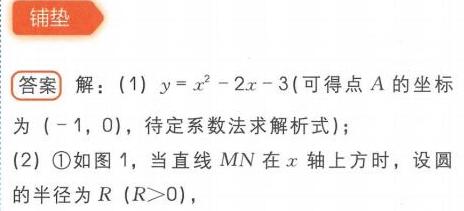
**铺垫**
**答案** 解：(1) \(y = x^{2}-2x - 3\) (可得点 \(A\) 的坐标
为 \((-1,0)\)，待定系数法求解析式)；
(2) \textcircled{1}如图 1，当直线 \(MN\) 在 \(x\) 轴上方时，设圆
的半径为 \(R\ (R > 0)\)，